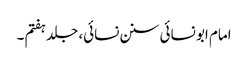
امام ابو نسائی سنن نسائی، جلد ہفتم ۔